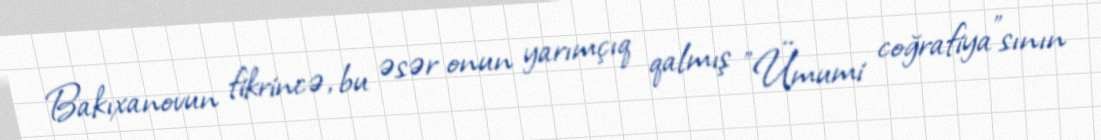
Bakıxanovun fikrincə, bu əsər onun yarımçıq qalmış "Ümumi coğrafiya"sının